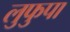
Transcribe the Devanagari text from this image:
लुफुपा